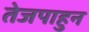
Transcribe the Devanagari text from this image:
तेजपाहुन